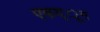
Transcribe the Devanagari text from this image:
एकद्ूम